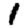
Digit: 1